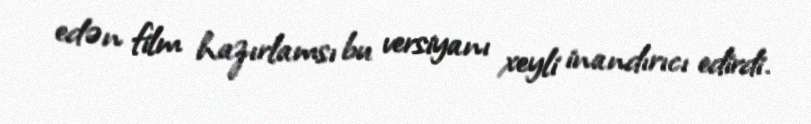
edən film hazırlamsı bu versiyanı xeyli inandırıcı edirdi.